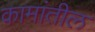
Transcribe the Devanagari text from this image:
कामांतील